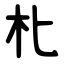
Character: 朼